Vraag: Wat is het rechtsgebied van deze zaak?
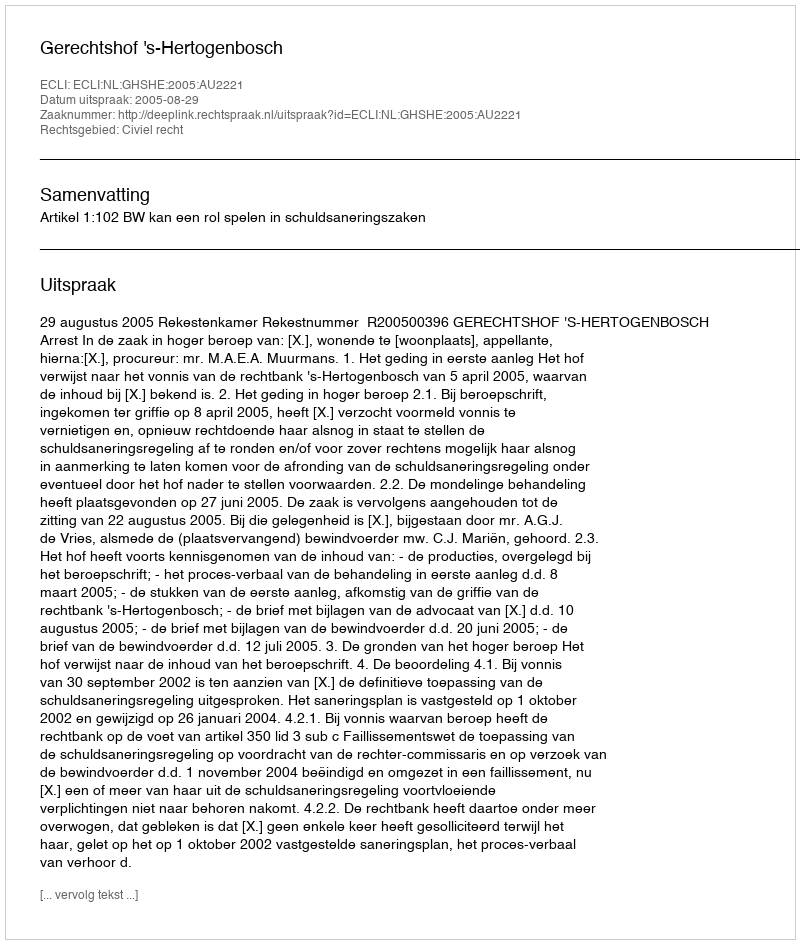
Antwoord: Civiel recht